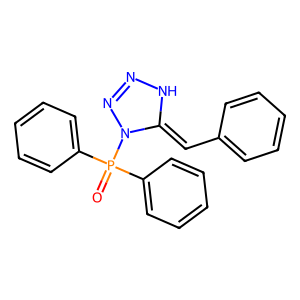
SMILES: O=P(c1ccccc1)(c1ccccc1)N1N=NNC1=Cc1ccccc1
Inhibits HIV replication: No